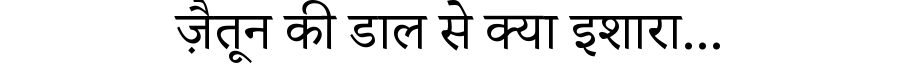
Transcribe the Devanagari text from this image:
ज़ैतून की डाल से क्या इशारा...